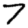
Digit: 7